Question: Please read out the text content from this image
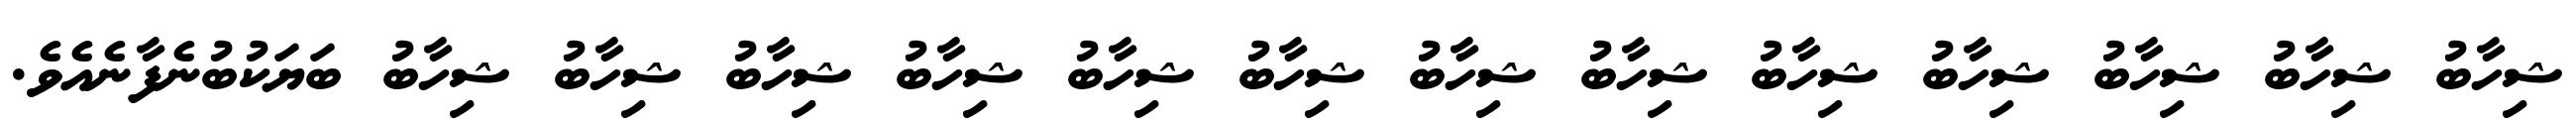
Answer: ޝިހާބު ޝިހާބު ޝިހާބު ޝިހާބު ޝިހާބު ޝިހާބު ޝިހާބު ޝިހާބު ޝިހާބު ޝިހާބު ޝިހާބު ޝިހާބު ޝިހާބު ބަޔަކުބުނެފާނެއެވެ.